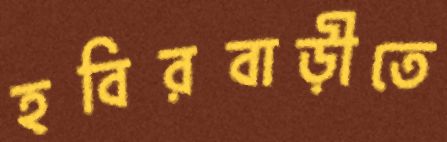
হবিরবাড়ীতে